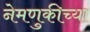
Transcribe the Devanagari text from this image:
नेमणुकीच्या